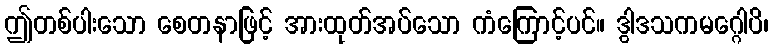
ဤတစ်ပါးသော စေတနာဖြင့် အားထုတ်အပ်သော ကံကြောင့်ပင်။ ဒွါဒသကမဂ္ဂေါပိ၊